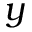
y